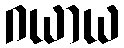
ဂယာယ